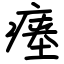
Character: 瘗